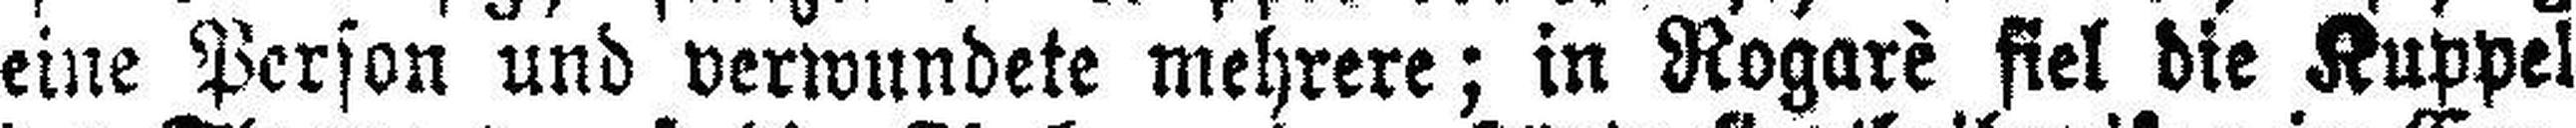
eine Person und verwundete mehrere; in Rogarè fiel die Kuppel